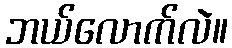
ဘယ်လောက်လဲ။